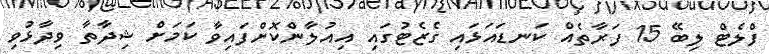
ފްލެޓް ލިބޭ 15 ފަރާތެއް ކަނޑައަޅައި ގެޒެޓުގައި އިއުލާންކޮށްފައިވާ ކަމަށް ޝިދާތާ ވިދާޅުވި